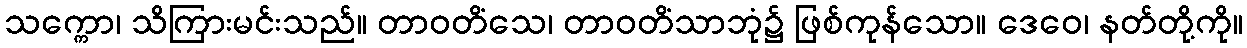
သက္ကော၊ သိကြားမင်းသည်။ တာဝတိံသေ၊ တာဝတိံသာဘုံ၌ ဖြစ်ကုန်သော။ ဒေဝေ၊ နတ်တို့ကို။